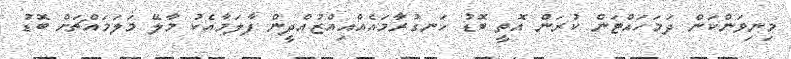
މިނިވަންކަން ދަމަހައްޓަން ކުރަން އޮތީ ބޮޑު ހަނގުރާމައެއްއިއްޒުއްދީން ފާލަމާއެކު މާލޭ މަލަމައްޗަށް ބޮޑު